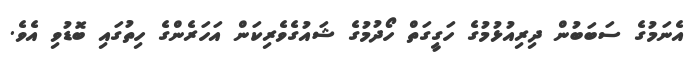
އެނަމުގެ ސަބަބުން ދިރިއުޅުމުގެ ހަގީގަތް ހޯދުމުގެ ޝައުގެވެރިކަން އަހަރެންގެ ހިތުގައި ބޮޑުވި އެވެ.